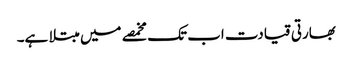
بھارتی قیادت اب تک مخمصے میں مبتلا ہے۔